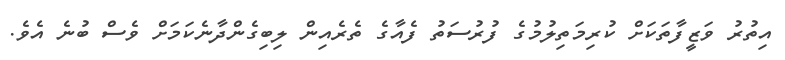
އިތުރު ވަޒީފާތަކަށް ކުރިމަތިލުމުގެ ފުރުސަތު ފެއާގެ ތެރެއިން ލިބިގެންދާނެކަމަށް ވެސް ބުނެ އެވެ.